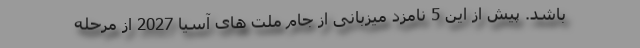
باشد. پیش از این 5 نامزد میزبانی از جام ملت های آسیا 2027 از مرحله